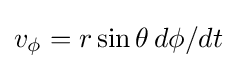
v_{\phi }=r\sin \theta \,d\phi /dt